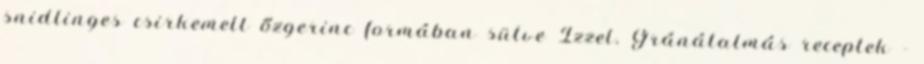
snidlinges csirkemell őzgerinc formában sütve Ízzel. Gránátalmás receptek -